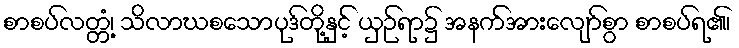
စာစပ်လတ္တံ့၊ သိလာဃစသောပုဒ်တို့နှင့် ယှဉ်ရာ၌ အနက်အားလျော်စွာ စာစပ်ရ၏၊